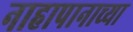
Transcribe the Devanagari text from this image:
नाहापानाच्या